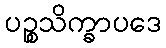
ပဉ္စသိက္ခာပဒေ